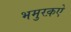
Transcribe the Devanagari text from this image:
भमुरक़ऐ